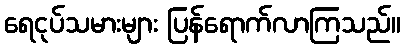
ရေငုပ်သမားများ ပြန်ရောက်လာကြသည်။